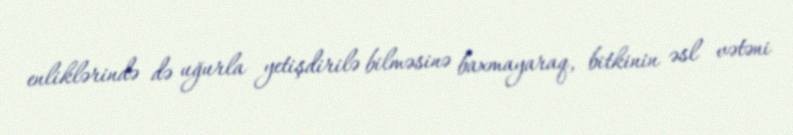
enliklərində də uğurla yetişdirilə bilməsinə baxmayaraq, bitkinin əsl vətəni